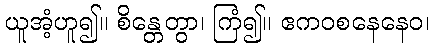
ယူအံ့ဟူ၍။ စိန္တေတွာ၊ ကြံ၍။ ဧကဝစနေနေဝ၊